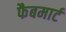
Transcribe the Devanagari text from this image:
फैबमार्ट